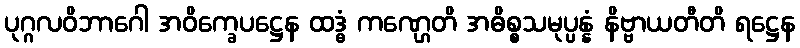
ပုဂ္ဂလဝိဘာဂေါ အဝိက္ခေပဋ္ဌေန ထဒ္ဓံ ကဏ္ဌေတိ အဓိစ္စသမုပ္ပန္နံ နိဗ္ဗာယတီတိ ရဋ္ဌေန